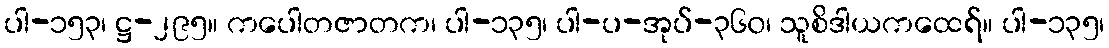
ပါ-၁၅၃၊ ဋ္ဌ-၂၉၅။ ကပေါတဇာတက၊ ပါ-၁၃၅၊ ပါ-ပ-အုပ်-၃၆၀၊ သူစိဒါယကထေရ်။ ပါ-၁၃၅၊